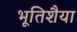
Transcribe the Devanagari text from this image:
भूतिशैया